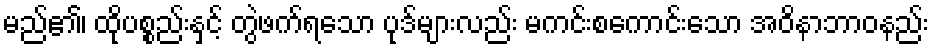
မည်၏၊ ထိုပစ္စည်းနှင့် တွဲဖက်ရသော ပုဒ်များလည်း မကင်းစကောင်းသော အဝိနာဘာဝနည်း